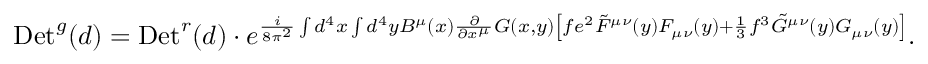
\mathrm { D e t } ^ { g } ( d ) = \mathrm { D e t } ^ { r } ( d ) \cdot e ^ { { \frac { i } { 8 \pi ^ { 2 } } } \int d ^ { 4 } x \int d ^ { 4 } y B ^ { \mu } ( x ) { \frac { \partial } { \partial x ^ { \mu } } } G ( x , y ) \left[ f e ^ { 2 } \tilde { F } ^ { \mu \nu } ( y ) F _ { \mu \nu } ( y ) + { \frac { 1 } { 3 } } f ^ { 3 } \tilde { G } ^ { \mu \nu } ( y ) G _ { \mu \nu } ( y ) \right] } .